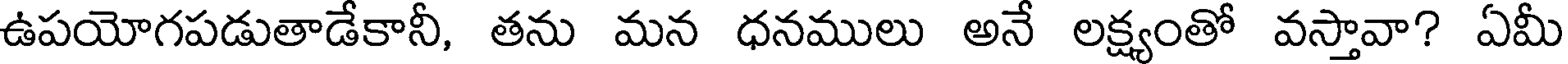
ఉపయోగపడుతాడేకానీ, తను మన ధనములు అనే లక్ష్యంతో వస్తావా? ఏమీ